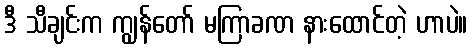
ဒီ သီချင်းက ကျွန်တော် မကြာခဏ နားထောင်တဲ့ ဟာပဲ။